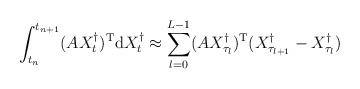
LaTeX: \begin{align*} \int_{t_n}^{t_{n+1}} (AX_t^\dagger)^{\rm T} {\rm d} X_t^{\dagger} \approx\sum_{l=0}^{L-1} (AX_{\tau_l}^\dagger)^{\rm T} (X_{\tau_{l+1}}^{\dagger}-X_{\tau_l}^\dagger)\end{align*}